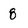
Character: 8